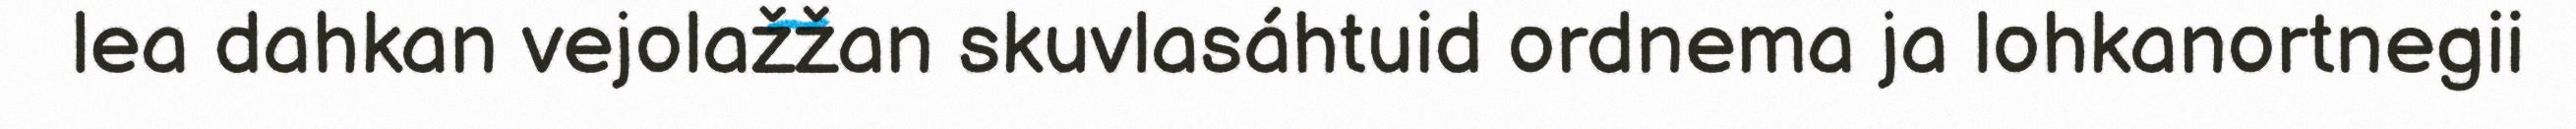
lea dahkan vejolažžan skuvlasáhtuid ordnema ja lohkanortnegii